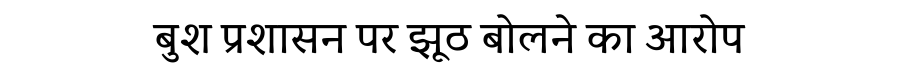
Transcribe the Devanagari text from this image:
बुश प्रशासन पर झूठ बोलने का आरोप